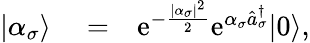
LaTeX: \begin{array}{rlr}{|\alpha_{\sigma}\rangle}&{{}=}&{\mathrm{e}^{-\frac{|\alpha_{\sigma}|^{2}}{2}}\mathrm{e}^{\alpha_{\sigma}\hat{a}_{\sigma}^{\dagger}}|0\rangle,}\end{array}